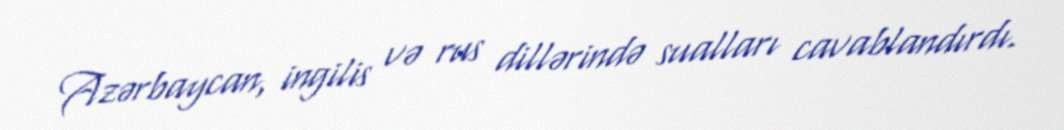
Azərbaycan, ingilis və rus dillərində sualları cavablandırdı.